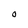
Character: O